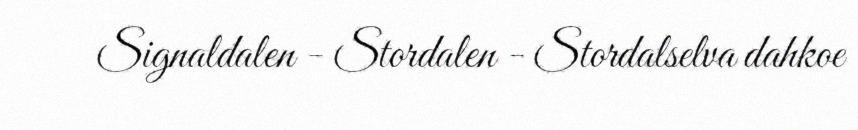
Signaldalen - Stordalen - Stordalselva dahkoe